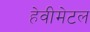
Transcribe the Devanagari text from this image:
हेवीमेटल